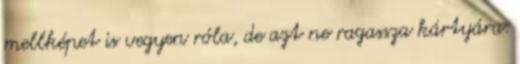
mellképet is vegyen róla, de azt ne ragassza kártyára.